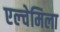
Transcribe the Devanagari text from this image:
एल्चेमिला